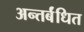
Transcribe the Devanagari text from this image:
अन्तर्बंधित